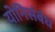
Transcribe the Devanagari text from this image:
योनिसंबंध